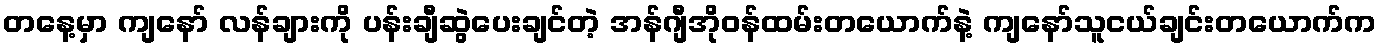
တနေ့မှာ ကျနော် လန်ချားကို ပန်းချီဆွဲပေးချင်တဲ့ အန်ဂျီအိုဝန်ထမ်းတယောက်နဲ့ ကျနော်သူငယ်ချင်းတယောက်က